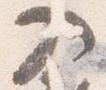
入